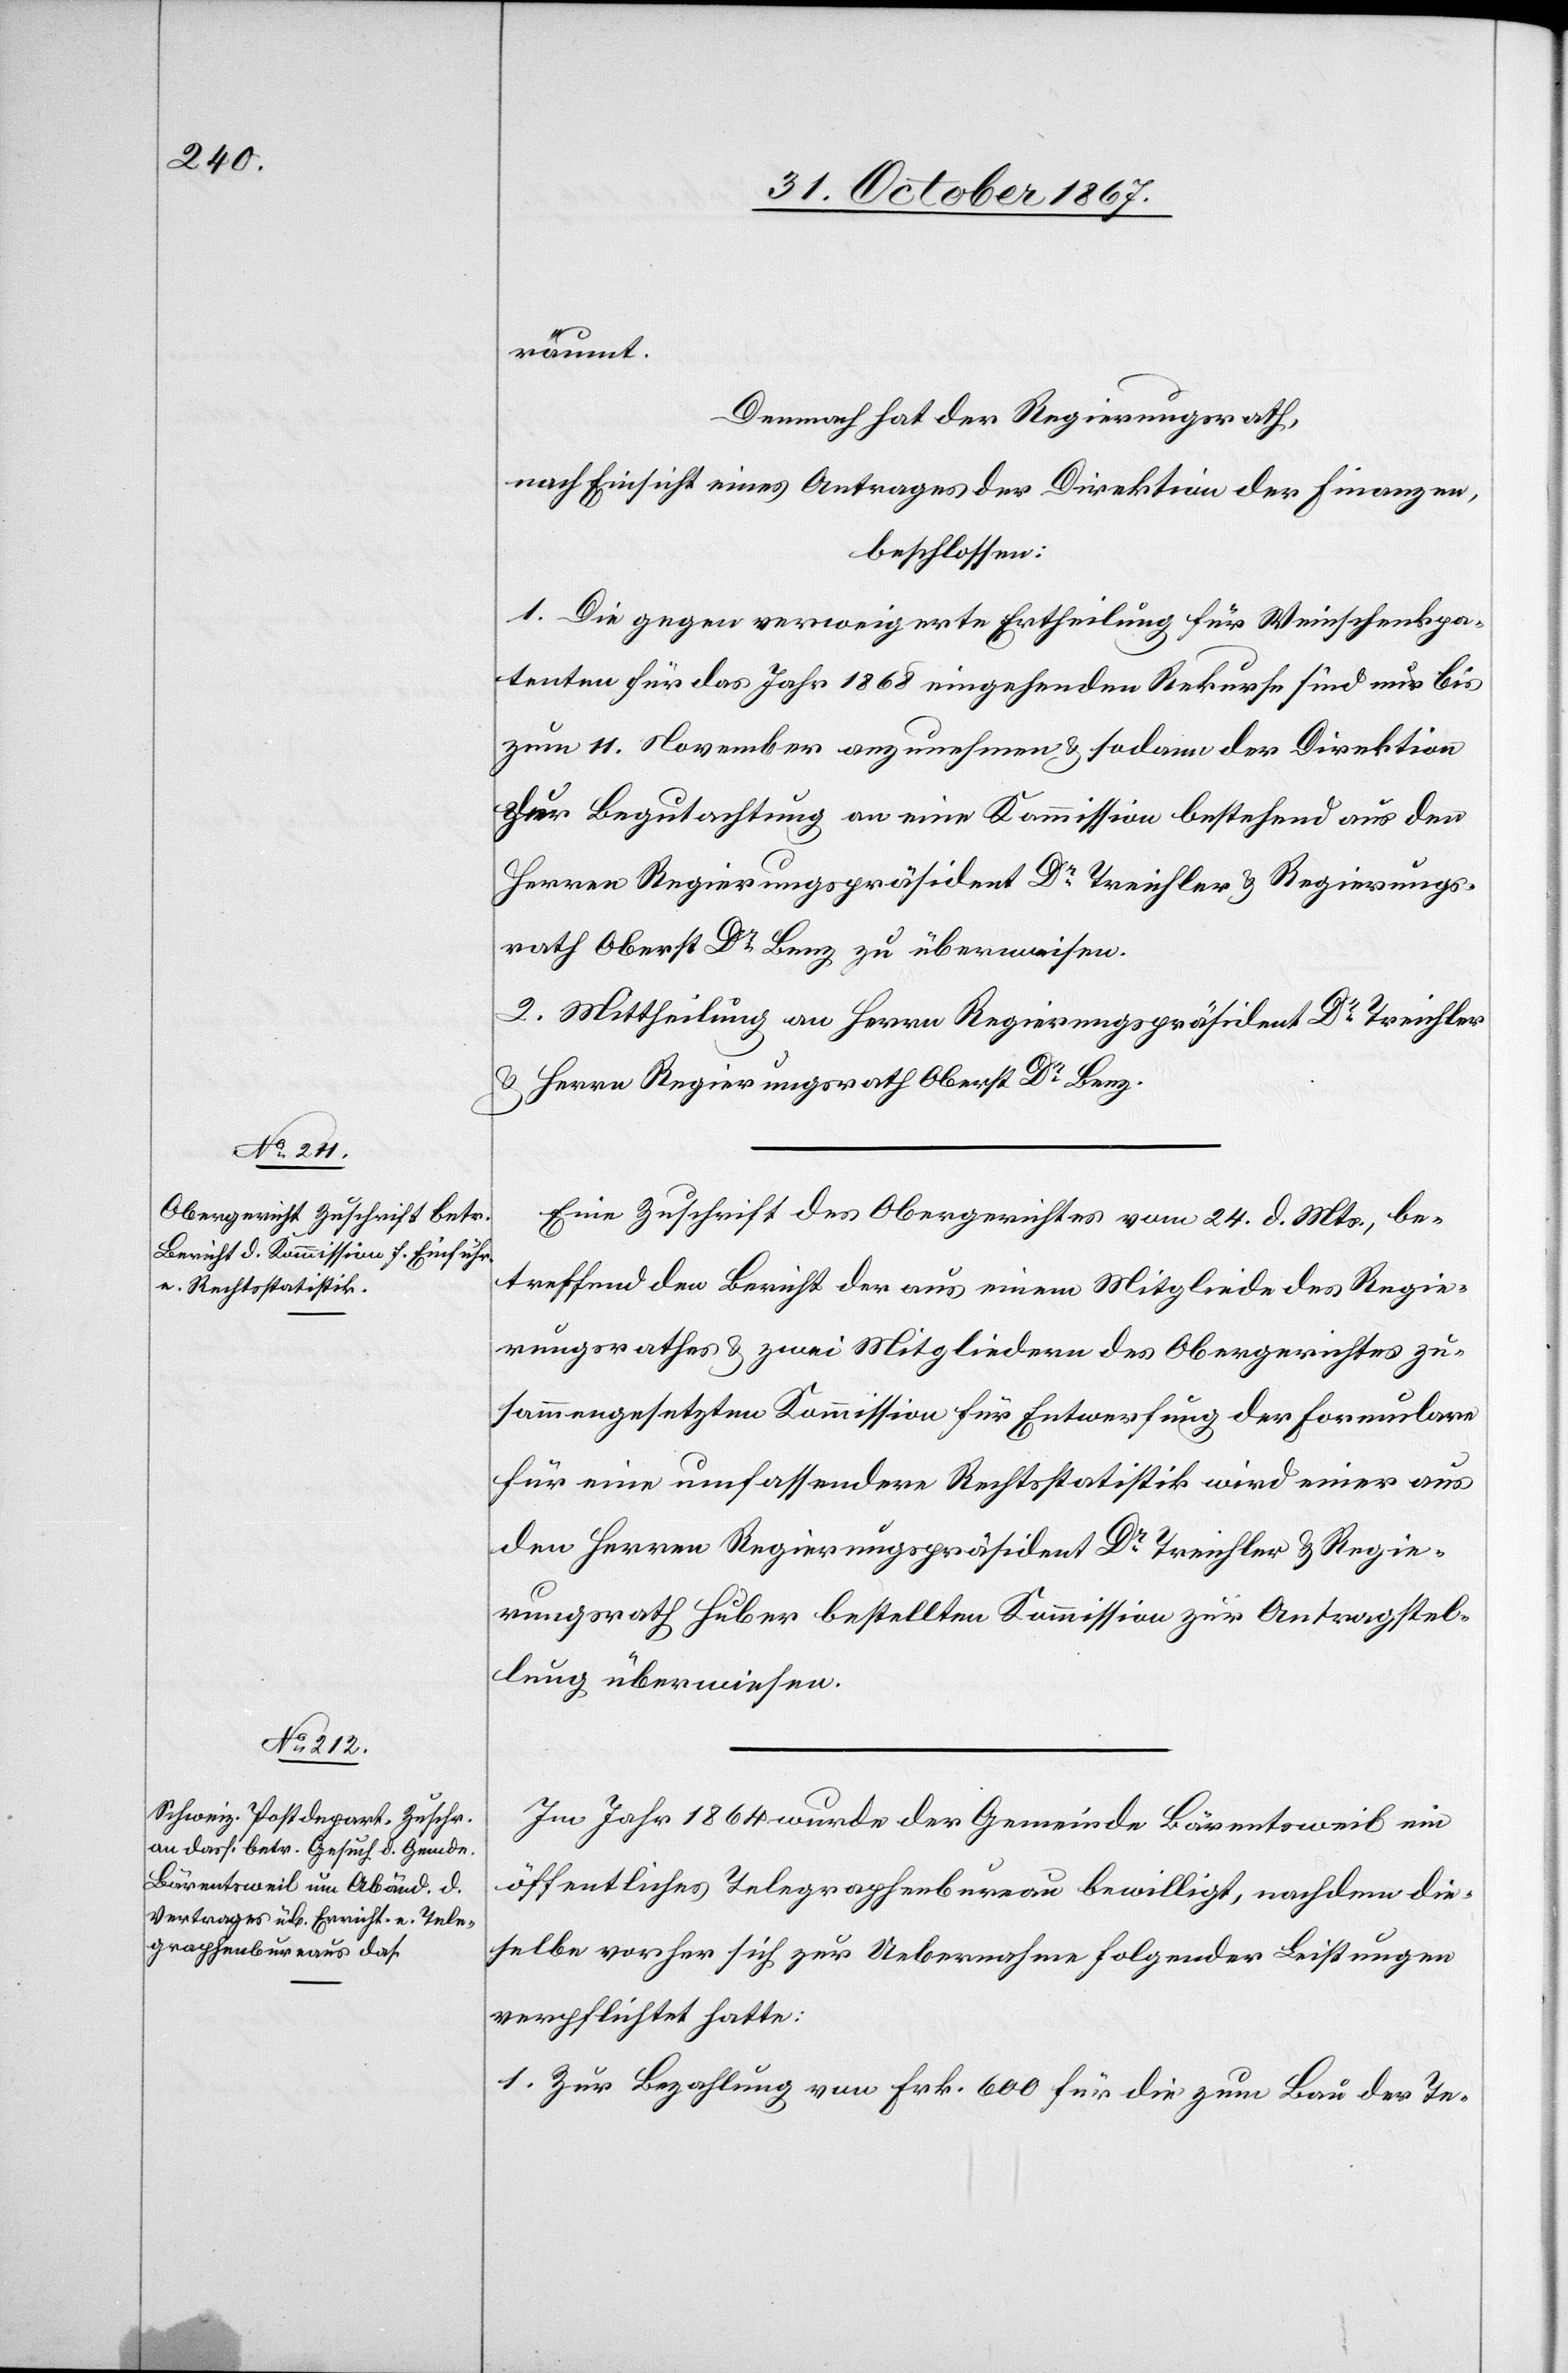
räumt.
Demnach hat der Regierungsrath;
nach Einsicht eines Antrages der Direktion der Finanzen,
beschlossen:
1. Die gegen verweigerte Ertheilung für Weinschenkpa¬
tenten für das Jahr 1868 eingehenden Rekurse sind nur bis
zum 11. November anzunehmen u. sodann der Direktion
zur Begutachtung an eine Kommission bestehend aus den
Herren Regierungspräsident Dr Treichler u. Regierungs¬
rath Oberst Dr Benz zu überweisen.
2. Mittheilung an Herrn Regierungspräsident Dr Treichler
u. Herrn Regierungsrath Oberst Dr Benz.
Eine Zuschrift des Obergerichtes vom 24. d. Mts., be¬
treffend den Bericht der aus einem Mitgliede des Regie¬
rungsrathes u. zwei Mitgliedern des Obergerichtes zu¬
sammengesetzten Kommission für Entwerfung der Formulare
für eine umfassendere Rechtsstatistik wird einer aus
den Herren Regierungspräsident Dr Treichler u. Regie¬
rungsrath Huber bestellten Kommission zur Antragstel¬
lung überwiesen.
Im Jahr 1864 wurde der Gemeinde Bärentsweil ein
öffentliches Telegraphenbureau bewilligt, nachdem die¬
selbe vorher sich zur Uebernahme folgender Leistungen
verpflichtet hatte:
1. Zur Bezahlung von Frk. 600 für die zum Bau der Te-